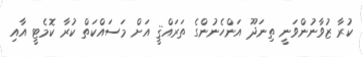
ކުރާ ޒުވާނުންވަނީ ތިނަދޫ އަންހެނުންގެ ތަރައްޤީ އަށް މަސައްކަތް ކުރާ ކޮމެޓީ އާއި